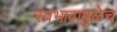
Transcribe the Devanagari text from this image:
स्वभावामुळेच